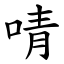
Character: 啨